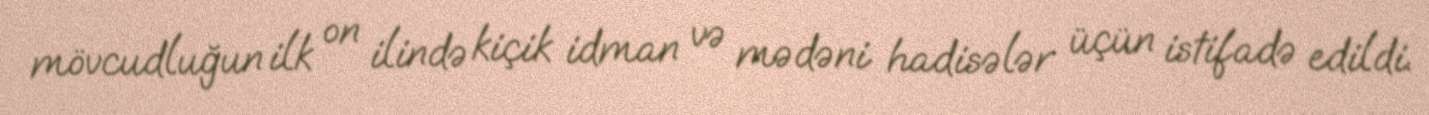
mövcudluğun ilk on ilində kiçik idman və mədəni hadisələr üçün istifadə edildi.